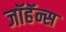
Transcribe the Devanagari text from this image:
जॉहॅन्स